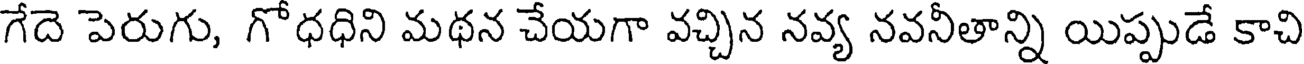
గేదె పెరుగు, గోధధిని మథన చేయగా వచ్చిన నవ్య నవనీతాన్ని యిప్పుడే కాచి